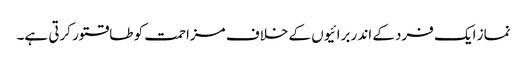
نماز ایک فرد کے اندر برائیوں کے خلاف مزاحمت کو طاقتور کرتی ہے۔